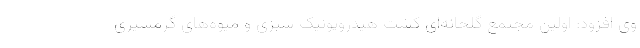
وی افزود: اولین مجتمع گلخانه‌ای کشت هیدروپونیک سبزی و میوه‌های گرمسیری